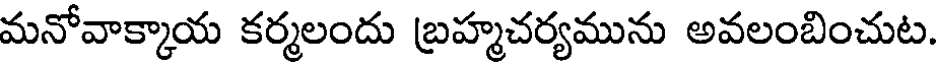
మనోవాక్కాయ కర్మలందు బ్రహ్మచర్యమును అవలంబించుట.